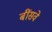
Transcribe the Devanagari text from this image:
बींसवे